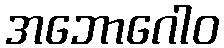
အဘောဂေါဝ